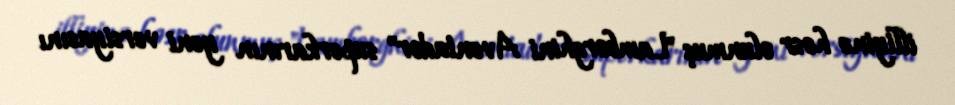
illiyinə həsr olunmuş "Lamborghini Aventador" superkarının yeni versiyasını